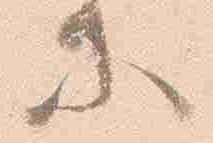
等